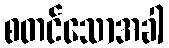
စတင်သောအခါ